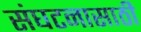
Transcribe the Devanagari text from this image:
संघटनासाठी